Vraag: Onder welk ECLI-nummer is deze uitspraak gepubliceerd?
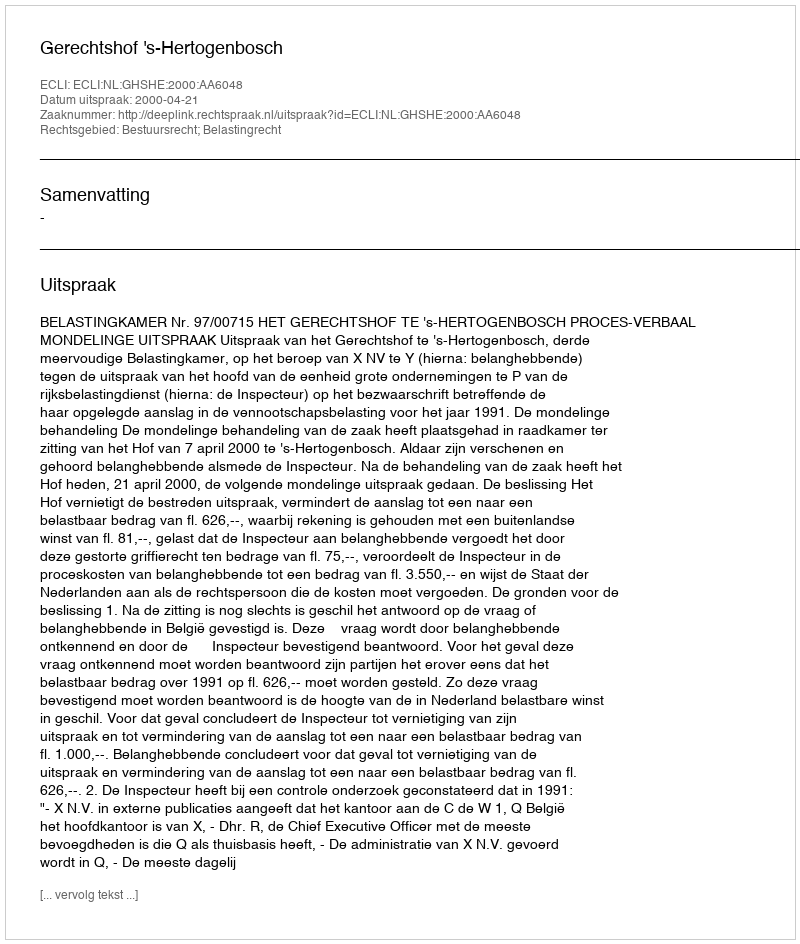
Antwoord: ECLI:NL:GHSHE:2000:AA6048